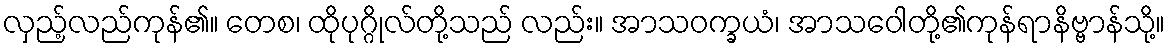
လှည့်လည်ကုန်၏။ တေစ၊ ထိုပုဂ္ဂိုလ်တို့သည် လည်း။ အာသဝက္ခယံ၊ အာသဝေါတို့၏ကုန်ရာနိဗ္ဗာန်သို့။